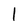
Character: 1